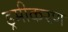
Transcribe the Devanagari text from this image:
ड्रमीकरण